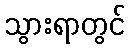
သွားရာတွင်